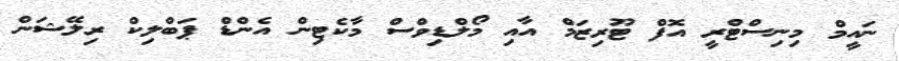
ނައީމް މިނިސްޓްރީ އޮފް ޓޫރިޒަމް އާއި މޯލްޑިވްސް މާކެޓިން އެންޑް ޕަބްލިކް ރިލޭޝަން